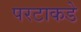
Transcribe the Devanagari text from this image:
परटाकडे